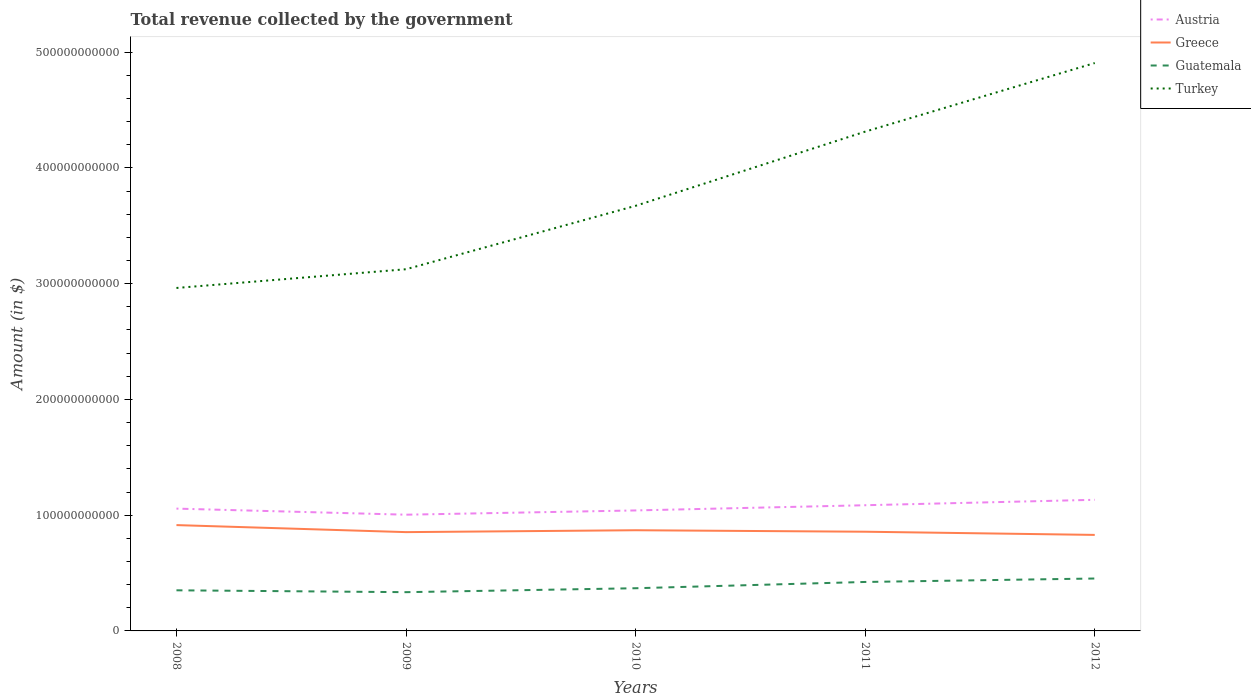
| Years | Austria | Greece | Guatemala | Turkey |
 | --- | --- | --- | --- | --- |
 | 2008 | 1.06e+11 | 9.14e+10 | 3.51e+10 | 2.96e+11 |
 | 2009 | 1e+11 | 8.53e+10 | 3.35e+10 | 3.12e+11 |
 | 2010 | 1.04e+11 | 8.7e+10 | 3.69e+10 | 3.67e+11 |
 | 2011 | 1.09e+11 | 8.57e+10 | 4.23e+10 | 4.31e+11 |
 | 2012 | 1.13e+11 | 8.29e+10 | 4.53e+10 | 4.91e+11 |